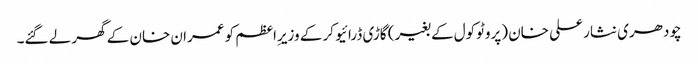
چودھری نثار علی خان (پروٹوکول کے بغیر) گاڑی ڈرائیو کر کے وزیرِاعظم کو عمران خان کے گھر لے گئے۔